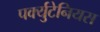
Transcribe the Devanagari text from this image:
पर्क्युटेनियस